Annual report of the Punjab Veterinary College and of the Civil Veterinary Department, Punjab - 1909-1919
Year: 1909
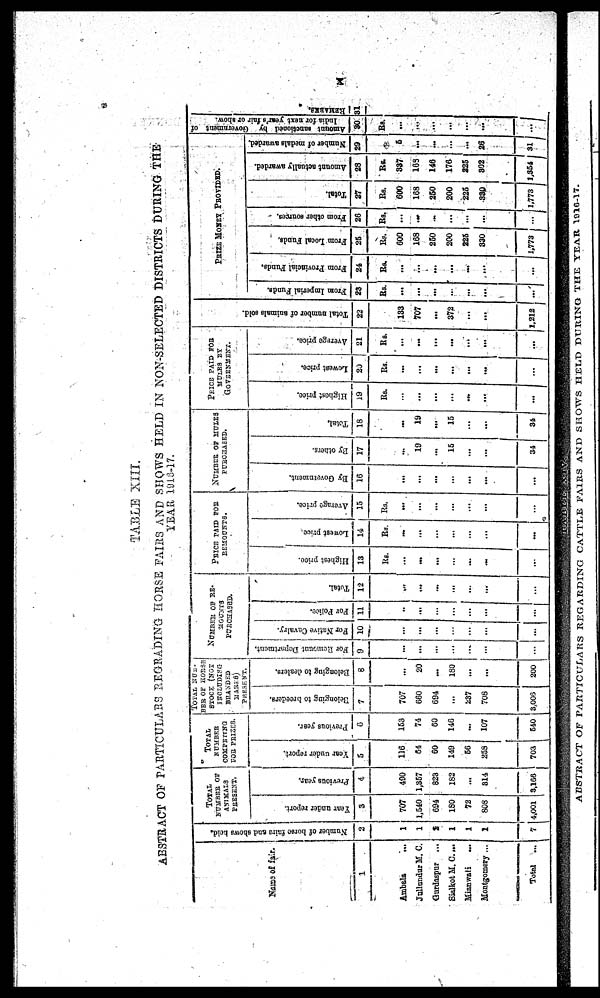
x
TABLE XIII.
ABSTRACT OF PARTICULARS REGRADING HORSE FAIRS AND SHOWS HELD IN NON-SELECTED DISTRICTS DURING THE
YEAR 1913-17.
Name of fair.
1
Ambala
...
Jullundur M. C.
Gurdaspur
...
Sialkot M. C....
Mianwali
...
Montgomery ...
Total
...
Number of horse fairs and shows told.
2
1
1
2
1
1
1
7
TOTAL
NUMBER OF
Year under report.
3
707
1,540
694
130
72
808
4,001
Previous year.
4
400
1,367
823
182
...
814
3,168
TOTAL
COMPRNING
FOR PRIZES
Year under report.
5
116
64
60
149
66
253
703
Previous year.
6
153
74
60
146
...
107
540
TOTAL NUM
BER OF HORSE
STOCK (NOT
INCLUDING
BRANDED
MARES)
PRESENT
Belonging to breeders.
7
707
660
694
...
237
708
3,006
Belonging
to dealers.
6
...
20
...
180
...
...
200
NUMBER OF RE-
MOUNT
PURCHASED
For Remount Department.
9
...
...
...
...
...
...
...
For Native Cavalry.
10
...
...
...
...
...
...
...
For Police.
11
..
...
...
...
...
...
....
Total.
12
...
...
...
...
...
...
...
PRICE PAID FOR
REMOUNTS
Highest price.
13
Rs.
...
...
...
...
...
...
...
Loweet price
14
Rs.
...
...
...
...
...
...
...
Average price.
15
Rs.
...
...
...
...
...
...
...
NUMBER
OF MULES
By Government.
16
...
...
...
...
...
...
...
By others.
17
...
19
...
15
...
...
34
Total.
18
...
19
...
15
...
...
34
PRICE
PAID FOR
GOVERNMENT.
Highest price.
19
Rs.
...
...
...
...
...
...
...
Lowest price.
20
Rs.
...
...
...
...
...
...
...
Average price.
21
Rs.
...
...
...
...
...
...
...
Total number of animals sold.
22
133
707
...
372
...
...
1,212
PRIZE MONEY PROVIDED.
From Imperial Funds.
23
Rs.
...
...
...
...
...
...
...
From Provincial Funds.
24
Rs.
...
...
...
...
...
...
...
From Local Funds,
26
Rs.
609
168
250
200
223
330
1,773
From other sources.
26
Rs.
...
...
...
...
...
...
...
Total.
27
Rs.
600
168
250
200
225
330
1,773
Amount actually awarded.
28
Rs.
337
163
146
176
225
302
1,354
Number of medals awarded.
29
5
...
...
...
...
26
31
Amount sanctioned by Government of
India for next year's fair or show.
30
Rs.
...
...
...
...
...
...
...
REMARKS.
31